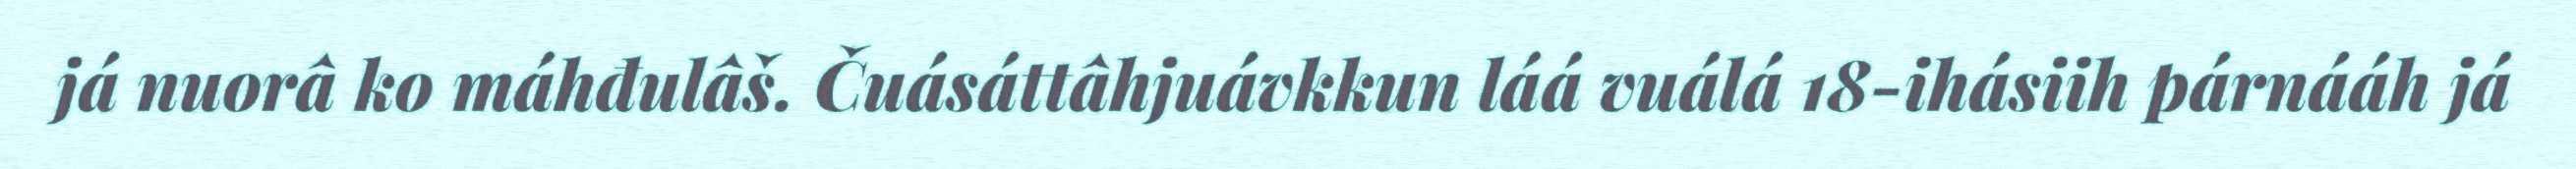
já nuorâ ko máhđulâš. Čuásáttâhjuávkkun láá vuálá 18-ihásiih párnááh já